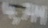
Text: 4,7M